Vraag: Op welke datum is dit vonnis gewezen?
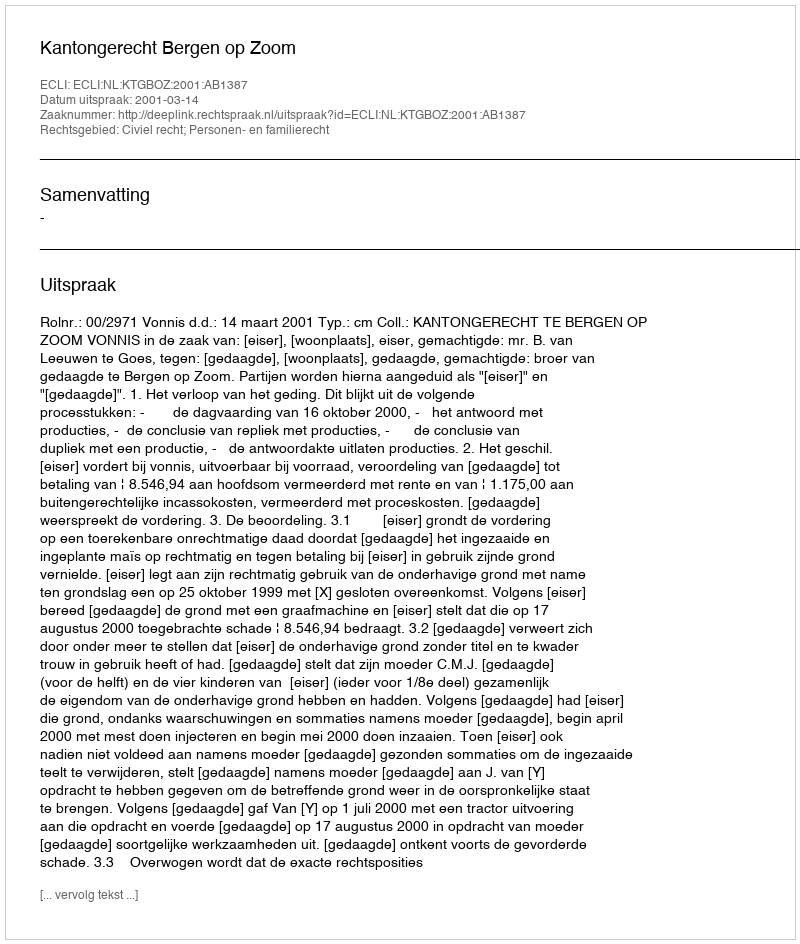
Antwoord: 2001-03-14